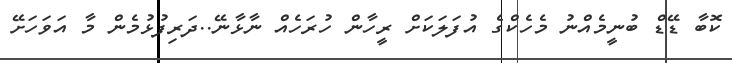
ކޮބާ ޑޭޑް ބުނީމެއްނު މެހެކްގެ އުފަލަކަށް ރީހާން ހުރަހެއް ނާޅާނޭ..ދަރިފުޅުމެން މާ އަވަހަށޭ